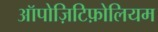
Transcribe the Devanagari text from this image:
ऑपोज़िटिफ़ोलियम